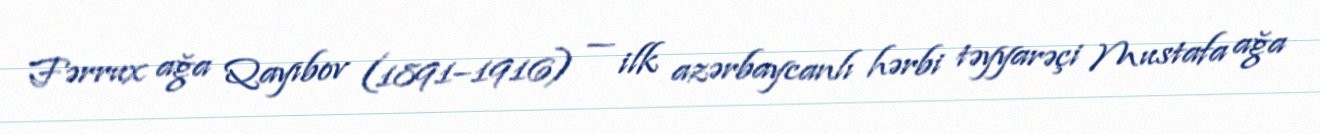
Fərrux ağa Qayıbov (1891–1916) — ilk azərbaycanlı hərbi təyyarəçi Mustafa ağa